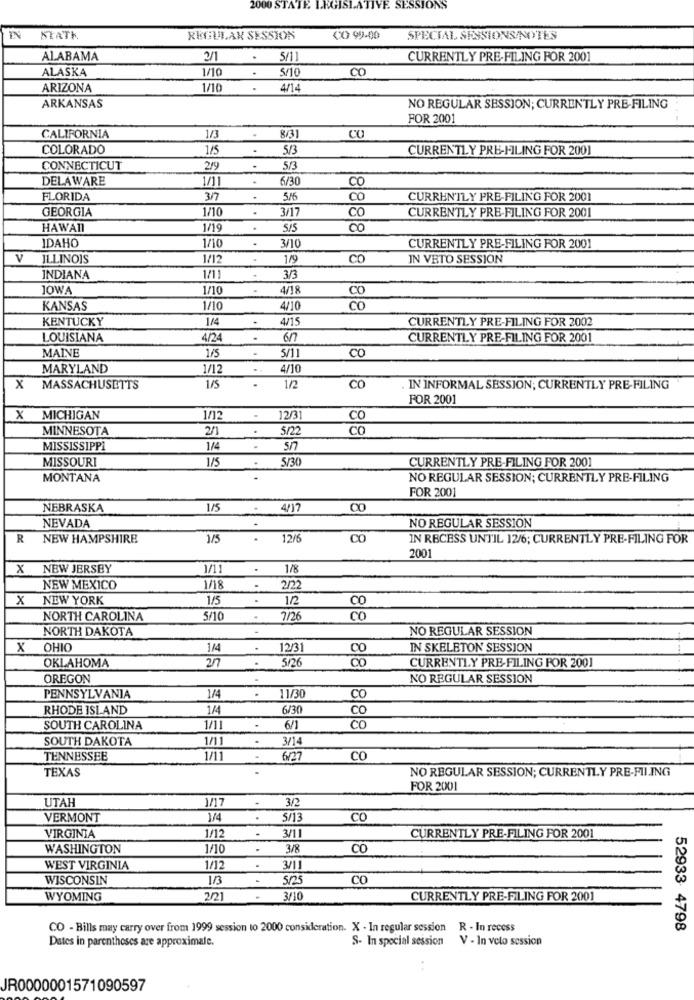
2000 STATE LEGISLATIVE SESSIONS
STATE
REGULAR SESSION
CO 99-00
SPECIAL SESSIONS/NOTES
ALABAMA
2/1
5/11
CURRENTLY PRE-FILING FOR 2001
ALASKA
1/10
5/10
CO
ARIZONA
1/10
.
4/14
ARKANSAS
NO REGULAR SESSION; CURRENTLY PRE-FILING
FOR 2001
8/31
CALIFORNIA
1/3
.
CO
COLORADO
1/5
.
5/3
CURRENTLY PRE-FILING FOR 2001
CONNECTICUT
2/9
5/3
DELAWARE
1/11
6/30
00
FLORIDA
317
00
CURRENTLY PRE-FILING FOR 2001
GEORGIA
1/10
.
3/17
CO
CURRENTLY PRE-FILING FOR 2001
HAWAII
1/19
.
SIS
00
IDAHO
1/10
.
3/10
CURRENTLY PRE-FILING FOR 2001
v
ILLINOIS
1/12
1/9
CO
IN VETO SESSION
INDIANA
1/11
3/3
JOWA
1/10
4/18
CO
KANSAS
1/10
4/10
CO
KENTUCKY
1/4
4/15
CURRENTLY PRE-FILING FOR 2002
LOUISIANA
4/24
on
CURRENTLY PRE-FILING FOR 2001
MAINE
5/11
1/5
CO
MARYLAND
1/12
..
4/10
X MASSACHUSETTS
1/5
.
1/2
CO
IN INFORMAL SESSION; CURRENTLY PRE-FILING
FOR 2001
MICHIGAN
1/12
12/31
CO
MINNESOTA
.
5/22
CO
MISSISSIPPI
1/4
.
5/7
MISSOURI
1/5
5/30
CURRENTLY PRE-FILING FOR 2001
MONTANA
NO REGULAR SESSION; CURRENTLY PRE-FILING
FOR 2001
NEBRASKA
1/5
4/17
NEVADA
NO REGULAR SESSION
R
NEW HAMPSHIRE
1/5
.
12/6
CO
IN RECESS UNTIL 12/6; CURRENTLY PRE-FILING FOR
2001
X NEW JERSEY
1/11
1/8
NEW MEXICO
1/18
.
2/22
x
NEW YORK
1/5
12
00
NORTH CAROLINA
5/10
7/26
CO
NORTH DAKOTA
NO REGULAR SESSION
X
OHIO
1/4
12/31
00
IN SKELETON SESSION
OKLAHOMA
2/7
5/26
Co
CURRENTLY PRE-FILING FOR 2001
OREGON
NO REGULAR SESSION
PENNSYLVANIA
1/4
11/30
CO
RHODE ISLAND
1/4
6/30
Co
SOUTH CAROLINA
1/11
6/1
co
SOUTH DAKOTA
1/11
3/14
TENNESSEE
627
CO
TEXAS
NO REGULAR SESSION; CURRENTLY PRE-FILING
FOR 2001
UTAH
1/17
3/2
VERMONT
1/4
5/13
CO
1/12
3/11
VIRGINIA
CURRENTLY PRE-FILING FOR 2001
WASHINGTON
1/10
3/8
CO
WEST VIRGINIA
1/12
.
3/11
WISCONSIN
1/3
5/25
CO
WYOMING
2/21
.
3/10
CURRENTLY PRE-FILING FOR 2001
CO - Bills may carry over from 1999 session to 2000 consideration. X - In regular session R - In recess
52933 4798
Dates in parentheses are approximale.
S- In special session V - In veto session
..
JR0000001571090597